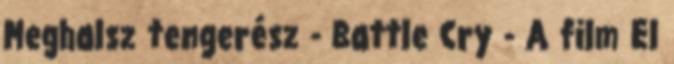
Meghalsz tengerész - Battle Cry - A film El